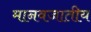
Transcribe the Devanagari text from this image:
मानवजातीय